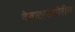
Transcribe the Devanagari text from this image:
देवळासमोरील